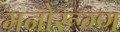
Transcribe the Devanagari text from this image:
मनोरूग्ण